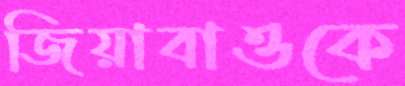
জিয়াবাওকে